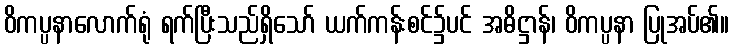
ဝိကပ္ပနာလောက်ရုံ ရက်ပြီးသည်ရှိသော် ယက်ကန်းစင်၌ပင် အဓိဋ္ဌာန်၊ ဝိကပ္ပနာ ပြုအပ်၏။